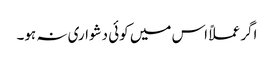
اگر عملاً اس میں کوئی دشواری نہ ہو۔